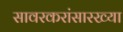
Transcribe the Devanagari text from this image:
सावरकरांसारख्या